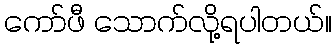
ကော်ဖီ သောက်လို့ရပါတယ်။